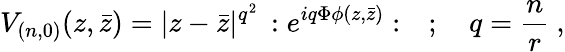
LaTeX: V_{(n,0)}(z,\bar{z})=|z-\bar{z}|^{q^{2}}\, :e^{iq\Phi\phi(z,\bar{z})}:\quad;\quad q=\frac{n}{r}\ ,